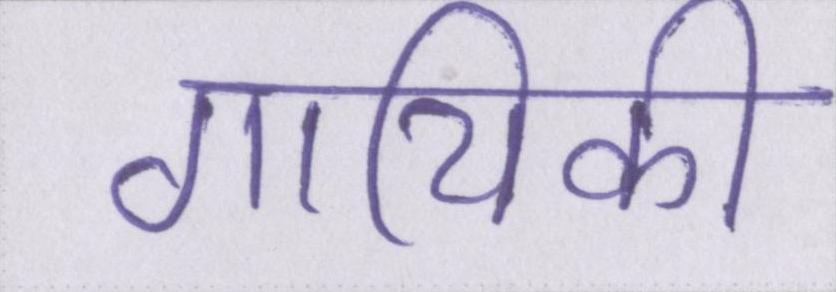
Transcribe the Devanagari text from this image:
गायिकी